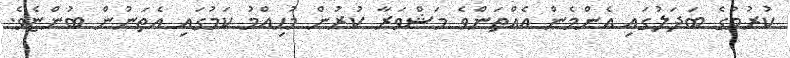
ކުރުމުގެ ބަދަލުގައި އެންމެން އެއްތަންވެ މަޝްވަރާ ކުރުން މުހިއްމު ކަމުގައި އެތަނުން ބުންޏެވެ.